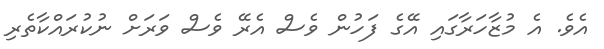
އެވެ. އެ މުޒާހަރާގައި އޭގެ ފަހުން ވެސް އެރޭ ވެސް ވަރަށް ނުކުރައްކާތެރި